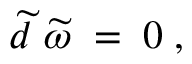
\widetilde { d } \; \widetilde { \omega } \; = \; 0 \; ,